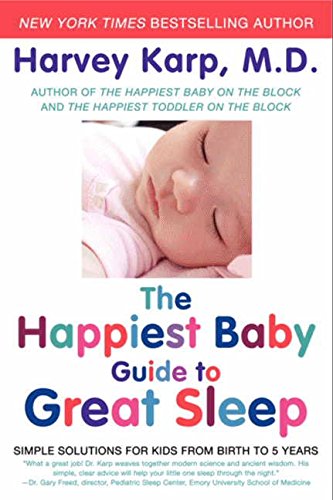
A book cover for The Happiest Baby Guide to Great Sleep: Simple Solutions for Kids from Birth to 5 Years; Harvey Karp; Parenting & Relationships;